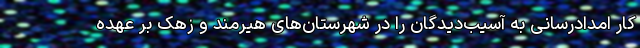
کار امدادرسانی به آسیب‌دیدگان را در شهرستان‌های هیرمند و زهک بر عهده